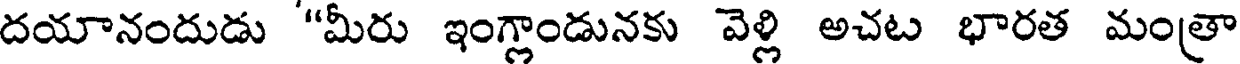
దయానందుడు "మీరు ఇంగ్లాండునకు వెళ్లి అచట భారత మంత్రా